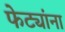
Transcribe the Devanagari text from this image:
फेट्यांना